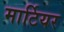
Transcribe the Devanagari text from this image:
मार्टियर